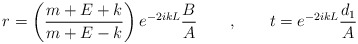
\begin{align*}r= \left( \frac{m+E+k}{m+E-k} \right) e^{-2ikL}\frac{B}{A}\qquad , \qquad t=e^{-2ikL}\frac{d_1}{A}\end{align*}